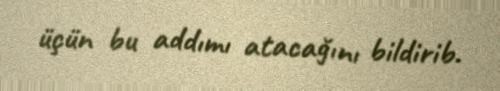
üçün bu addımı atacağını bildirib.